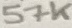
Text: 57K